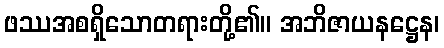
ဖဿအစရှိသောတရားတို့၏။ အဘိဇာယနဋ္ဌေန၊